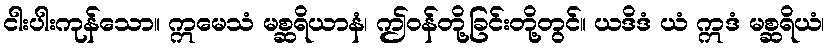
ငါးပါးကုန်သော။ ဣမေသံ မစ္ဆရိယာနံ၊ ဤဝန်တို့ခြင်းတို့တွင်။ ယဒိဒံ ယံ ဣဒံ မစ္ဆရိယံ၊